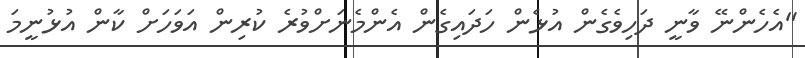
"އެހެންނޭ ވާނީ ދަހިވެގެން އުޅެން ހަދައިގެން އެންމެނަށްވުރެ ކުރިން އަވަހަށް ކާން އުޅުނީމަ